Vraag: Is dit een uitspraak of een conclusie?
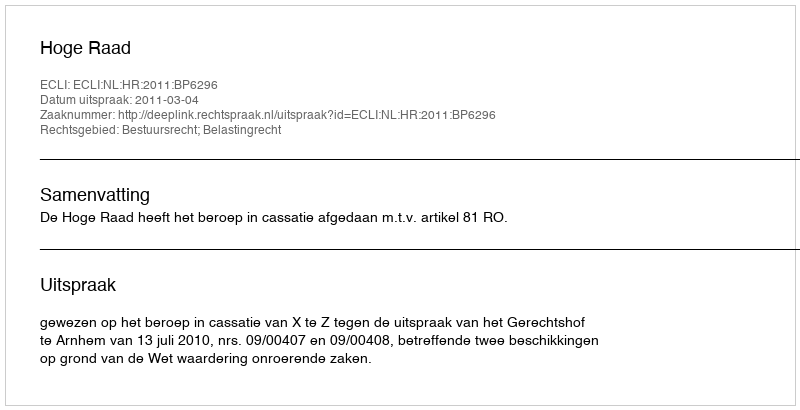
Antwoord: Uitspraak